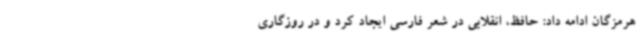
هرمزگان ادامه داد: حافظ، انقلابی در شعر فارسی ایجاد کرد و در روزگاری